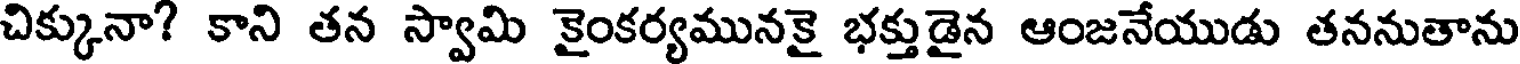
చిక్కునా? కాని తన స్వామి కైంకర్యమునకై భక్తుడైన ఆంజనేయుడు తననుతాను